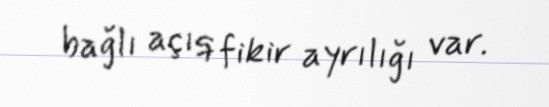
bağlı açıq fikir ayrılığı var.